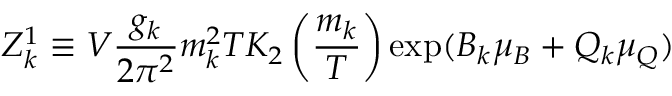
Z _ { k } ^ { 1 } \equiv V { \frac { g _ { k } } { 2 \pi ^ { 2 } } } m _ { k } ^ { 2 } T K _ { 2 } \left( { \frac { m _ { k } } { T } } \right) \exp ( B _ { k } \mu _ { B } + Q _ { k } \mu _ { Q } )